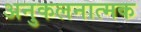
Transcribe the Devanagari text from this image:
अनुकलनात्मक